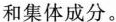
和集体成分。